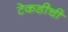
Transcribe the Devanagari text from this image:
टेकडीची